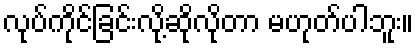
လုပ်ကိုင်ခြင်းလို့ဆိုလိုတာ မဟုတ်ပါဘူး။